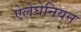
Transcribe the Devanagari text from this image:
ऐलेघेनियन